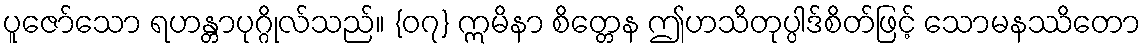
ပူဇော်သော ရဟန္တာပုဂ္ဂိုလ်သည်။ {၀၇} ဣမိနာ စိတ္တေန ဤဟသိတုပ္ပါဒ်စိတ်ဖြင့် သောမနဿိတော